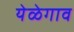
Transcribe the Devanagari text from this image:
येळेगाव